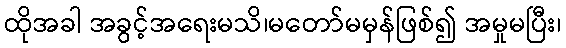
ထိုအခါ အခွင့်အရေးမသိ၊မတော်မမှန်ဖြစ်၍ အမှုမပြီး၊